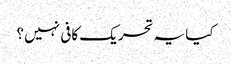
کیا یہ تحریک کافی نہیں ؟